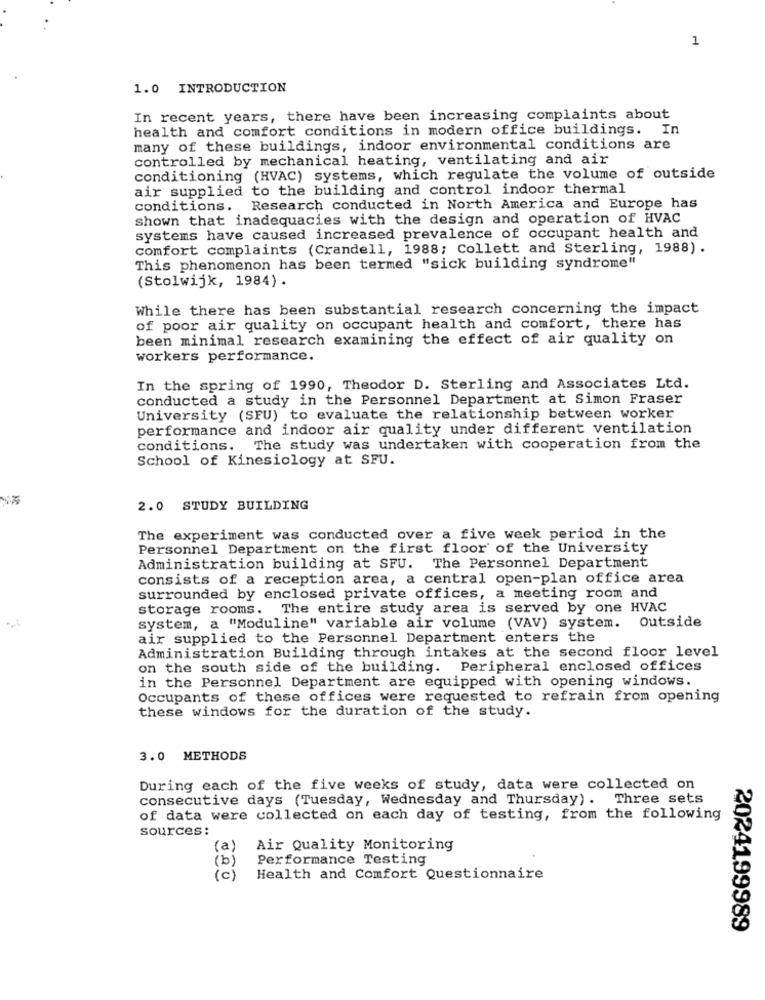
1
1.0 INTRODUCTION
In recent years, there have been increasing complaints about
health and comfort conditions in modern office buildings. In
many of these buildings, indoor environmental conditions are
controlled by mechanical heating, ventilating and air
conditioning (HVAC) systems, which regulate the volume of outside
air supplied to the building and control indoor thermal
conditions.
Research conducted in North America and Europe has
shown that inadequacies with the design and operation of HVAC
systems have caused increased prevalence of occupant health and
comfort complaints (Crandell, 1988; Collett and Sterling, 1988) .
This phenomenon has been termed "sick building syndrome"
(Stolwijk, 1984) .
While there has been substantial research concerning the impact
of poor air quality on occupant health and comfort, there has
been minimal research examining the effect of air quality on
workers performance.
In the spring of 1990, Theodor D. Sterling and Associates Ltd.
conducted a study in the Personnel Department at Simon Fraser
University (SFU) to evaluate the relationship between worker
performance and indoor air quality under different ventilation
conditions. The study was undertaken with cooperation from the
School of Kinesiology at SFU.
2.0 STUDY BUILDING
The experiment was conducted over a five week period in the
Personnel Department on the first floor of the University
Administration building at SFU. The Personnel Department
consists of a reception area, a central open-plan office area
surrounded by enclosed private offices, a meeting room and
storage rooms. The entire study area is served by one HVAC
system, a "Moduline" variable air volume (VAV) system. Outside
air supplied to the Personnel Department enters the
Administration Building through intakes at the second floor level
on the south side of the building. Peripheral enclosed offices
in the Personnel Department are equipped with opening windows.
Occupants of these offices were requested to refrain from opening
these windows for the duration of the study.
3.0 METHODS
During each of the five weeks of study, data were collected on
consecutive days (Tuesday, Wednesday and Thursday). Three sets
of data were collected on each day of testing, from the following
sources :
(a)
Air Quality Monitoring
Performance Testing
(b)
(c )
Health and Comfort Questionnaire
2024199989